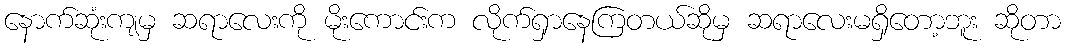
နောက်ဆုံးကျမှ ဆရာလေးကို မိုးကောင်းက လိုက်ရှာနေကြတယ်ဆိုမှ ဆရာလေးမရှိတော့ဘူး ဆိုတာ